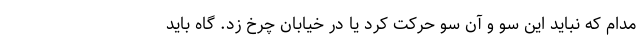
مدام که نباید این سو و آن سو حرکت کرد یا در خیابان چرخ زد. گاه باید